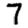
Digit: 7